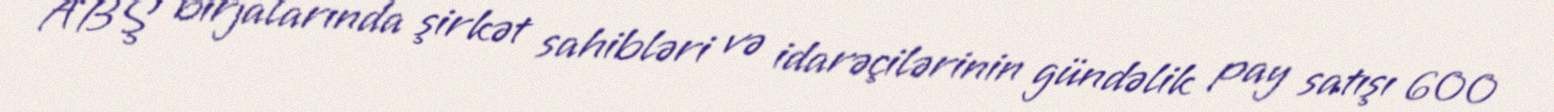
ABŞ birjalarında şirkət sahibləri və idarəçilərinin gündəlik pay satışı 600